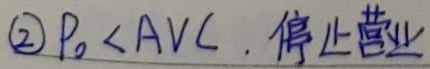
\textcircled{2} \(P_0 < AVC\)，停止营业